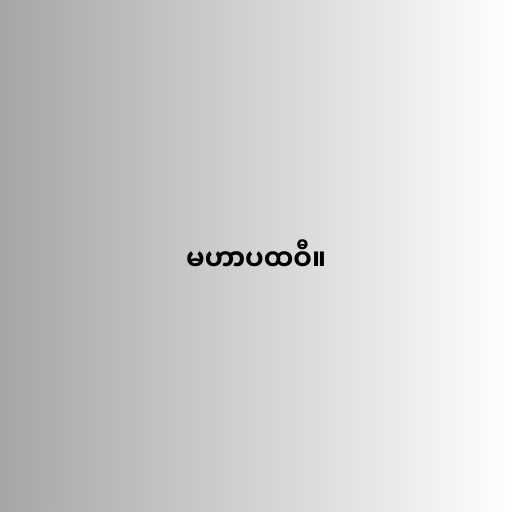
မဟာပထဝီ။